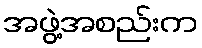
အဖွဲ့အစည်းက